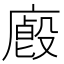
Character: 𢋁